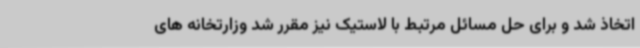
اتخاذ شد و برای حل مسائل مرتبط با لاستیک نیز مقرر شد وزارتخانه های